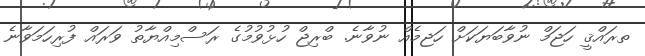
ތރައްޤީ ހަޖަމް ނުވާބަޔަކަށް ހަޖމެއް ނުވާނެ. ބްރިޖް ހުޅުވުމުގެ ރަަސްމިއްޔާތު ވަރައް ފުރިހަމަވާނެ